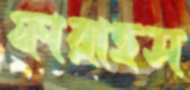
ফারাহস